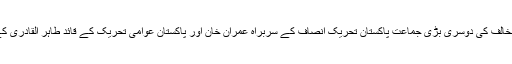
پاکستان کی ایک عدالت نے حزب مخالف کی دوسری بڑی جماعت پاکستان تحریک انصاف کے سربراہ عمران خان اور پاکستان عوامی تحریک کے قائد طاہر القادری کے وارنٹ گرفتاری جاری کیے ہیں۔